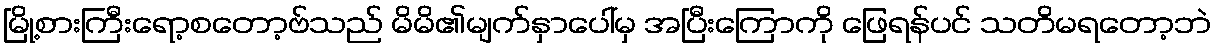
မြို့စားကြီးရော့စတော့ဗ်သည် မိမိ၏မျက်နှာပေါ်မှ အပြီးကြောကို ဖြေရန်ပင် သတိမရတော့ဘဲ